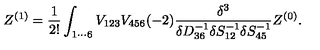
Z ^ { ( 1 ) } = \frac { 1 } { 2 ! } \int _ { 1 \cdots 6 } V _ { 1 2 3 } V _ { 4 5 6 } ( - 2 ) \frac { \delta ^ { 3 } } { \delta D _ { 3 6 } ^ { - 1 } \delta S _ { 1 2 } ^ { - 1 } \delta S _ { 4 5 } ^ { - 1 } } Z ^ { ( 0 ) } .